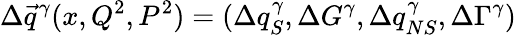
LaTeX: \Delta\vec{q}^{\gamma}(x,Q^{2},P^{2})=(\Delta q_{S}^{\gamma},\Delta G^{\gamma},\Delta q_{NS}^{\gamma},\Delta\Gamma^{\gamma})